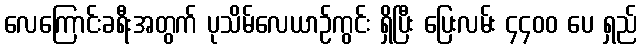
လေကြောင်းခရီးအတွက် ပုသိမ်လေယာဉ်ကွင်း ရှိပြီး ပြေးလမ်း ၄၄၀၀ ပေ ရှည်